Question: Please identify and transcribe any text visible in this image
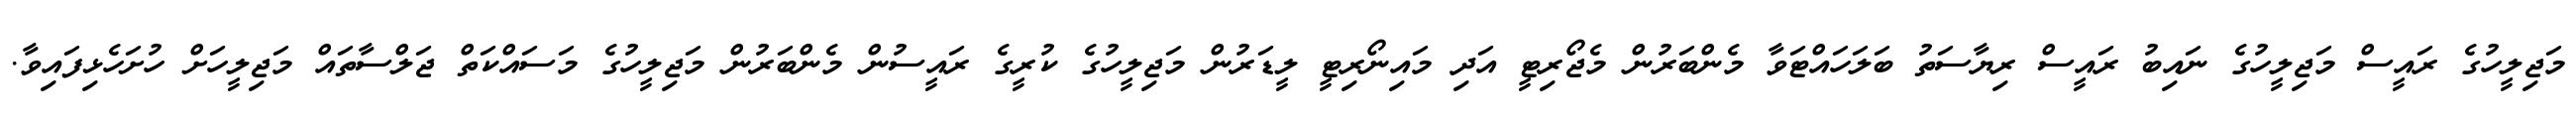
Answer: މަޖިލީހުގެ ރައީސް މަޖިލީހުގެ ނައިބު ރައީސް ރިޔާސަތު ބަލަހައްޓަވާ މެންބަރުން މެޖޯރިޓީ އަދި މައިނޯރިޓީ ލީޑަރުން މަޖިލީހުގެ ކުރީގެ ރައީސުން މެންބަރުން މަޖިލީހުގެ މަސައްކަތް ޖަލްސާތައް މަޖިލީހަށް ހުށަހެޅިފައިވާ.